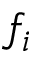
f _ { i }